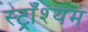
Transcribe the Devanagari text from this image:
स्ट्राँश्यम